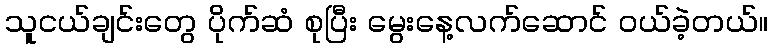
သူငယ်ချင်းတွေ ပိုက်ဆံ စုပြီး မွေးနေ့လက်ဆောင် ဝယ်ခဲ့တယ်။